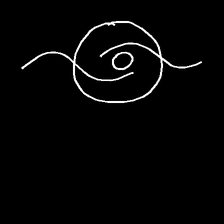
Glyph: repetition